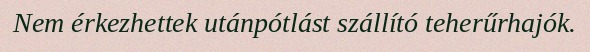
Nem érkezhettek utánpótlást szállító teherűrhajók.